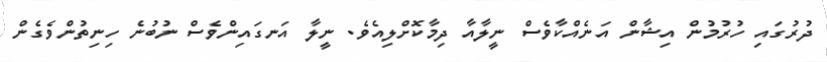
ދުރުގައި ހުރުމުން އިޝާން އަނެއްކާވެސް ނީލާއާ ދިމާކޮށްލިއެވެ. ނީލާ އަނގައިންވެސް ނުބުނެ ހިނިތުންވެގެން